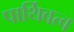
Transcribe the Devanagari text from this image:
पार्थिवत्व